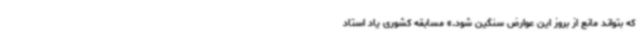
که بتواند مانع از بروز این عوارض سنگین شود.» مسابقه کشوری یاد استاد